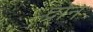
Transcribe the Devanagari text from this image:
द्रोन